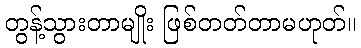
တွန့်သွားတာမျိုး ဖြစ်တတ်တာမဟုတ်။